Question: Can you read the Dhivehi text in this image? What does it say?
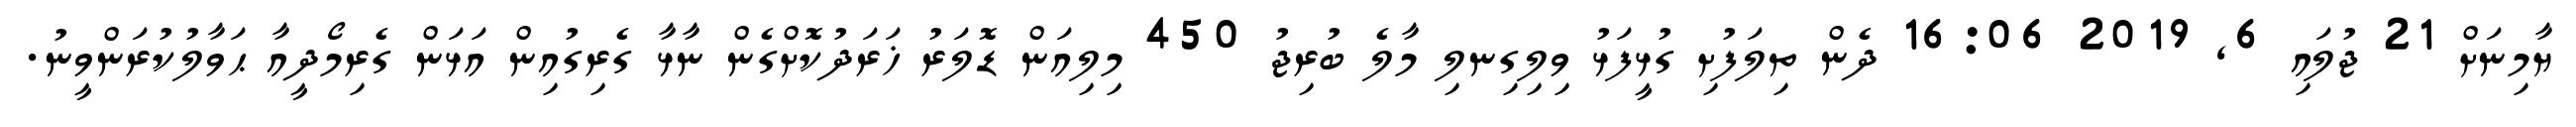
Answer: ޔާމިނަށް 21 ޖުލައި 6, 2019 16:06 ދެން ތިލަފުށި ގުޅީފަޅު ވިލިގިނލި މާލެ ބުރިޖު 450 މިލިއަން ޑޮލަރު ޚަރަދުކޮށްގެން ނާޅާ ގެރިގުއިން އަޅަން ގެރިމޯދީއާ ޙަވާލުކުރަންވީނު.